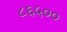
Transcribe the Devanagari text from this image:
८६५००